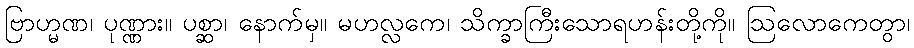
ဗြာဟ္မဏ၊ ပုဏ္ဏား။ ပစ္ဆာ၊ နောက်မှ။ မဟလ္လကေ၊ သိက္ခာကြီးသောရဟန်းတို့ကို။ ဩလောကေတွာ၊